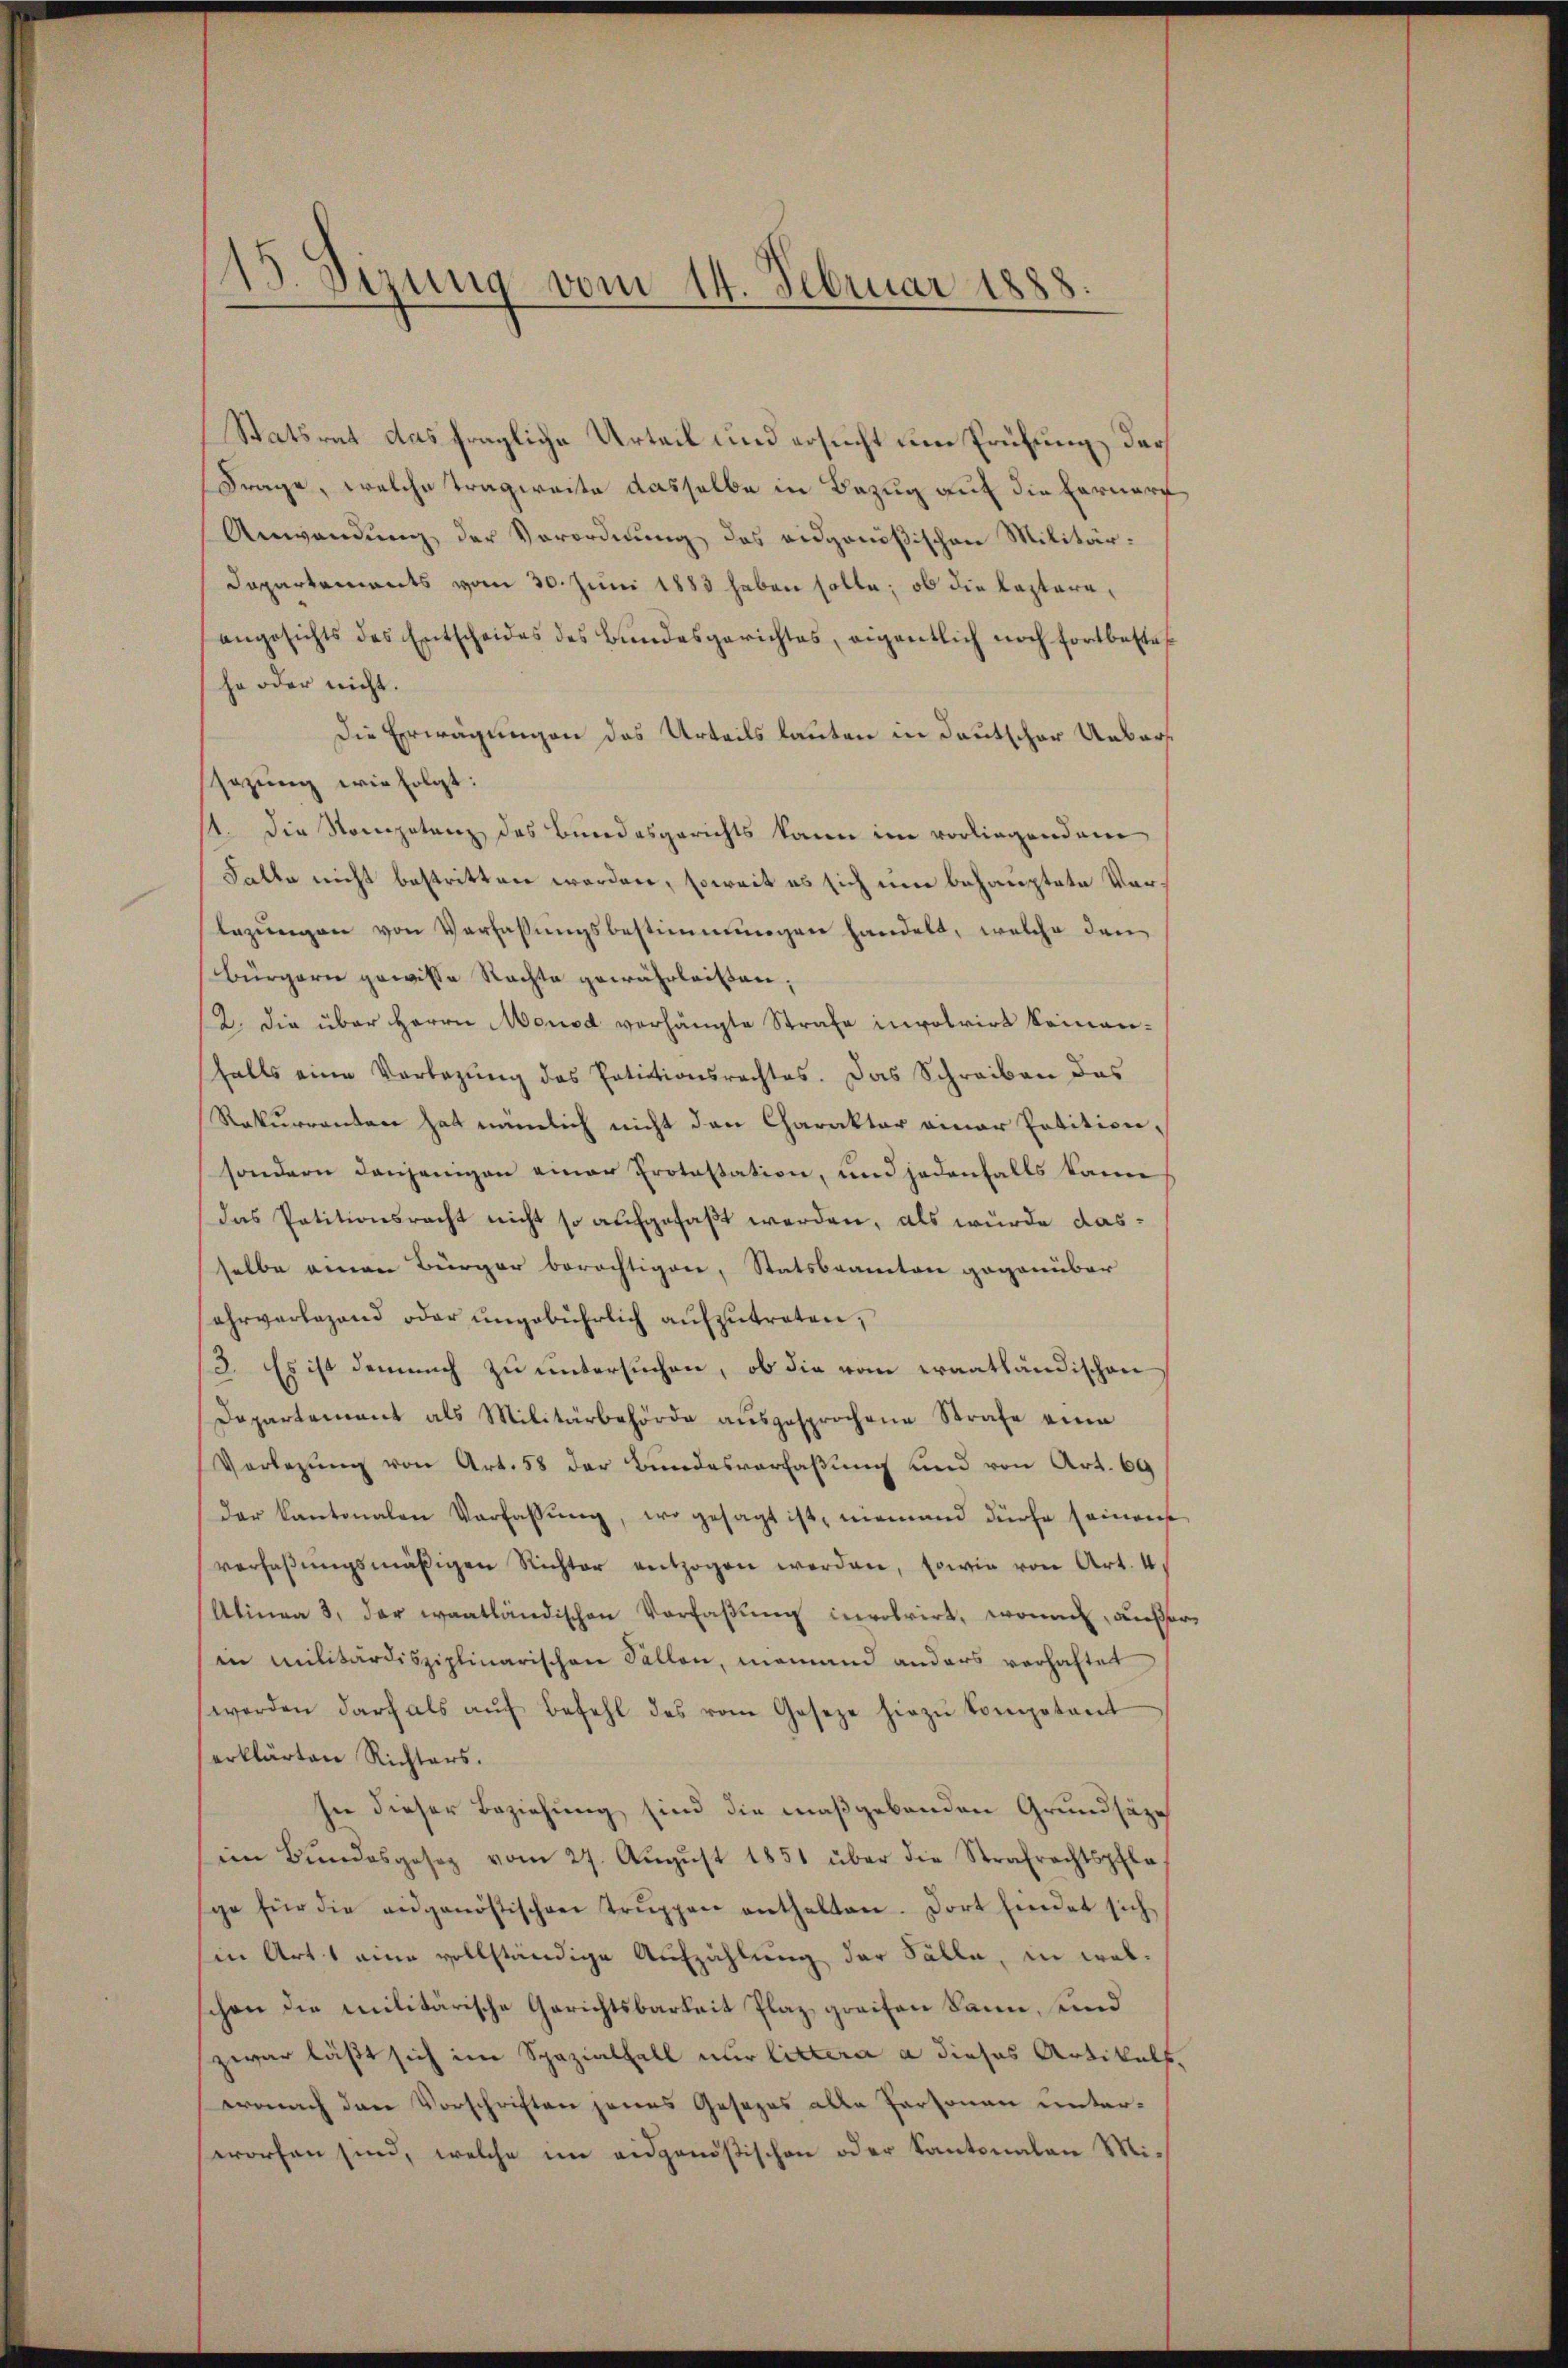
15. Sizung vom 14. Februar 1888.

Statsrat das fragliche Urteil und ersucht um Prüfung der
Frage, welche Tragweite dasselbe in Bezug auf die Hernarf
Anwendung der Vorordnung des eidgenößischen Militär¬
Dapartements vom 30. Juni 1883 haben solle; ob die Kastaraangesichts des Entscheides des Bundesgerichtes, eigentlich noch fortbestes
ha oder nicht.
Die Erwägungen das Urteils lauten in deutscher Uebersezung wie folgt:
1. Die Nompetenz des Bundesgerichts kann im vorliegendem
Falle nicht bestritten worden, soweit es sich eine behauptete Vorlegungen von Verfassungsbestimmungen handelt, welche den
Bürgerne gewisse Rechte gewährleisten.
12. die über Herrn Mousd verhängte Strafe involvirt keinenfalls eine Verlegŭng des Petitionsrechtes. Das Schreiben das
Rekurrenten hat nämlich nicht den Charakter einer Petitionsondern denjenigen einer Protestation, und jedenfalls kann
Das Patitionsrecht nicht so aufgefaßt werden, als wurde dasselbe einen Bürger berechtigen, Statsbeamten gegenüber
ehrverlegend oder ŭngebührlich aŭfzŭtreten,
3. Es ist demnach zu untersuchen, ob die vom erantländischen
Dapartement als Militärbehörde aŭsgesprochene Strafe eine
Verlegung von Art. 58 der Bundesverfaßung und von Art. 69
der Kantonalen Verfassŭng, wo gesagt ist, niemand dürfe seines
verhaβŭngsmäßigen Richter entzogen werden, sowie von Art. 4
Alinea 3. der wantländischen Vorfaβŭng invotrirt, worin, außerin militärdisziplinarischen Sallen, niemand anders verhaftet
werden darf als aŭf Befehl des vom Geseze hiezŭ kompetent
erklärten Richters.
sie dieser Beziehung sind die maßgebenden Grundsätze
iin Bŭndesgeseg vom 27. Aŭgŭst 1851 über die Strafrechtspfla
ge für die angenössischen Trŭppen enthalten. Dort findet sich
sin Art. 1 eine vollständige Aufzählung der Fälle, in welchen die militärische Gerichtsbarkeit Plaz, greifen kann, und
zwar läßt sich im Spazialfall nur littera a dieses Artikels,
wonach den Vorschriften jenes Gesezes alle Partonau unterworfen sind, welche im eidgenößischen oder Kantonalen Mi¬